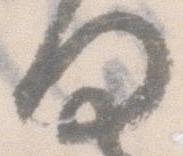
ほ